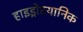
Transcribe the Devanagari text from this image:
हाइड्रोस्यानिक